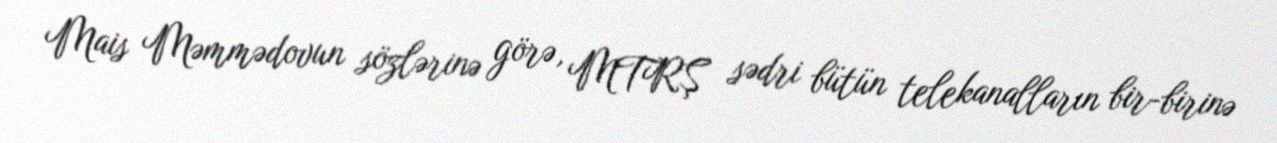
Mais Məmmədovun sözlərinə görə, MTRŞ sədri bütün telekanalların bir-birinə